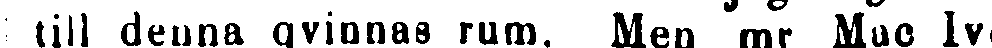
till denna qvinnas rum. Men mr Mac Ivo